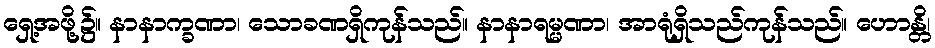
ရှေ့အဖို့၌။ နာနာက္ခဏာ၊ သောခဏရှိကုန်သည်။ နာနာရမ္မဏာ၊ အာရုံရှိသည်ကုန်သည်။ ဟောန္တိ၊